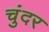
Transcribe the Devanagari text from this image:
चुंदर